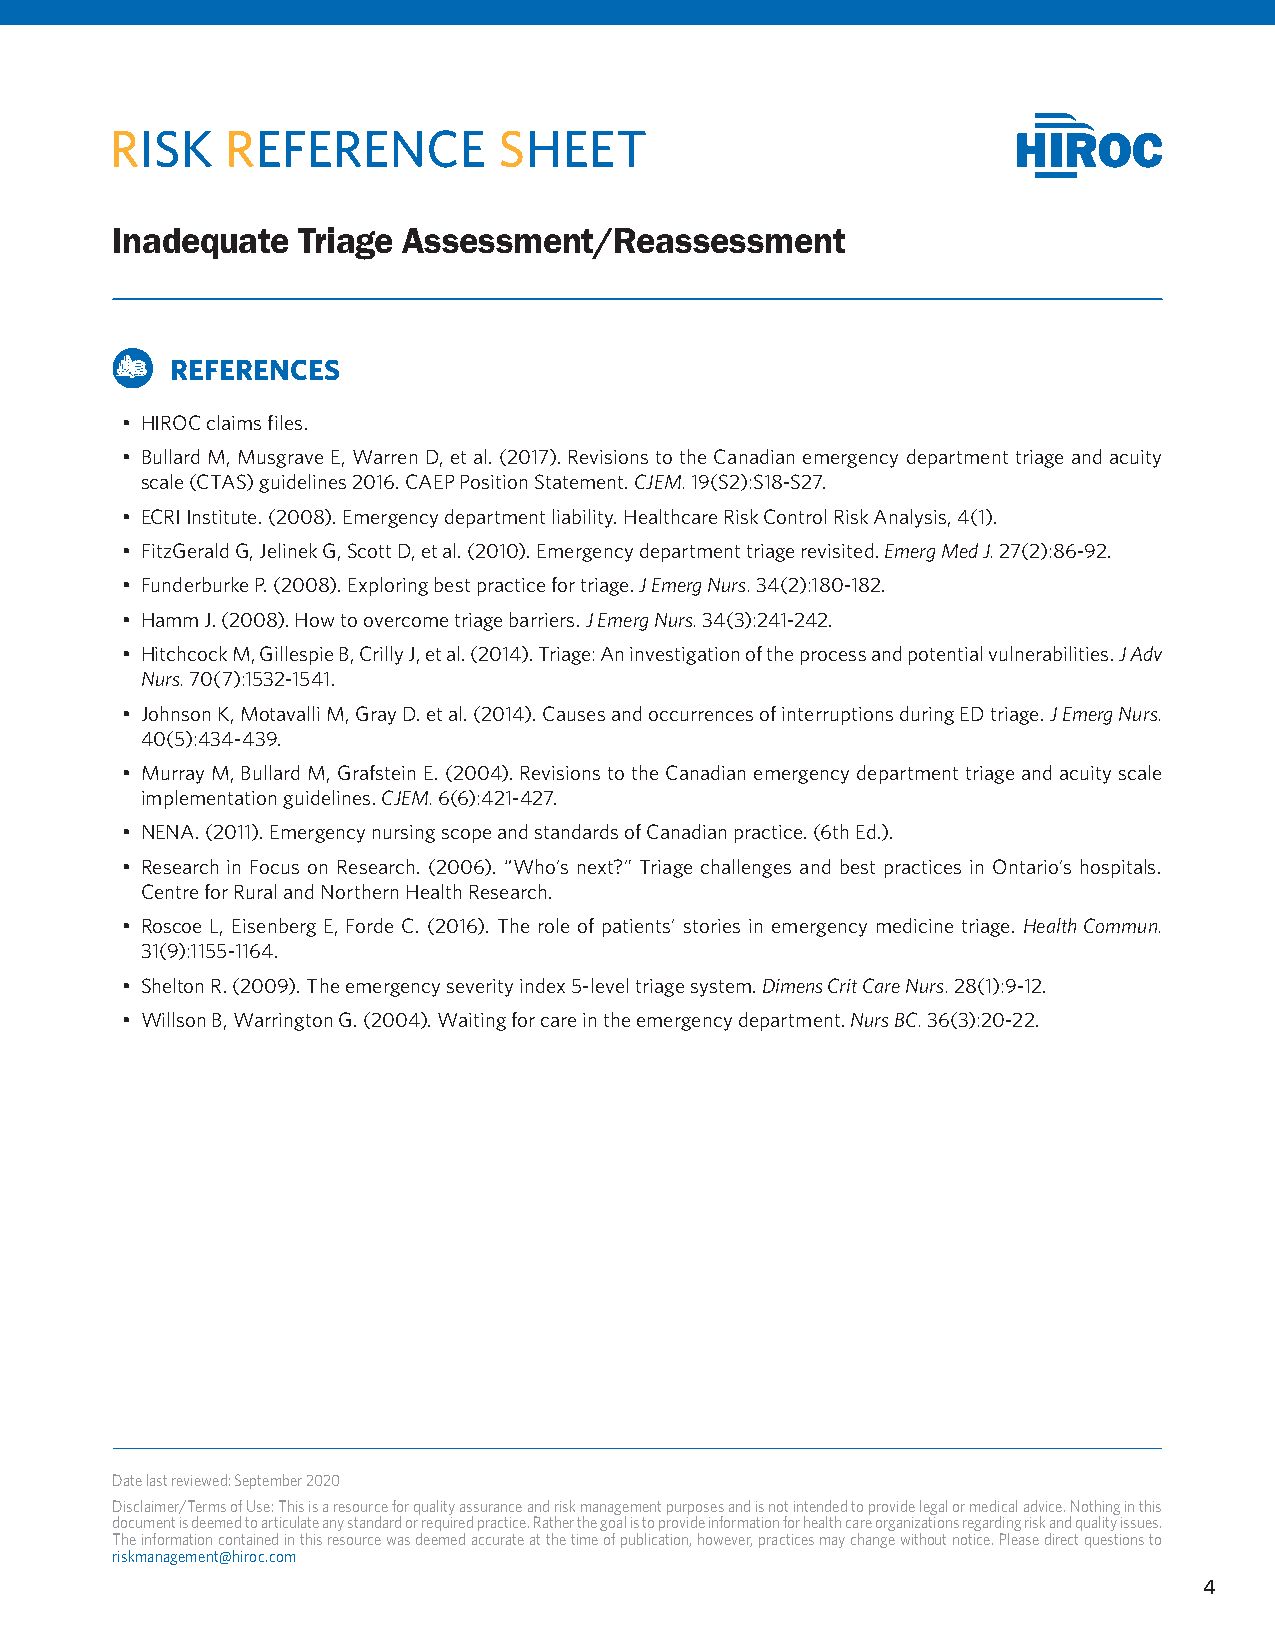
RISK    REFERENCE         SHEET
 Inadequate   Triage Assessment/Reassessment
 REFERENCES
 • HIROC claims files.
 • Bullard M, Musgrave E, Warren D, et al. (2017). Revisions to the Canadian emergency department triage and acuity
 scale (CTAS) guidelines 2016. CAEP Position Statement. CJEM. 19(S2):S18-S27.
 • ECRI Institute. (2008). Emergency department liability. Healthcare Risk Control Risk Analysis, 4(1).
 • FitzGerald G, Jelinek G, Scott D, et al. (2010). Emergency department triage revisited. Emerg Med J. 27(2):86-92.
 • Funderburke P. (2008). Exploring best practice for triage. J Emerg Nurs. 34(2):180-182.
 • Hamm J. (2008). How to overcome triage barriers. J Emerg Nurs. 34(3):241-242.
 • Hitchcock M, Gillespie B, Crilly J, et al. (2014). Triage: An investigation of the process and potential vulnerabilities. J Adv
 Nurs. 70(7):1532-1541.
 • Johnson K, Motavalli M, Gray D. et al. (2014). Causes and occurrences of interruptions during ED triage. J Emerg Nurs.
 40(5):434-439.
 • Murray M, Bullard M, Grafstein E. (2004). Revisions to the Canadian emergency department triage and acuity scale
 implementation guidelines. CJEM. 6(6):421-427.
 • NENA. (2011). Emergency nursing scope and standards of Canadian practice. (6th Ed.).
 • Research in Focus on Research. (2006). “Who’s next?” Triage challenges and best practices in Ontario’s hospitals.
 Centre for Rural and Northern Health Research.
 • Roscoe L, Eisenberg E, Forde C. (2016). The role of patients’ stories in emergency medicine triage. Health Commun.
 31(9):1155-1164.
 • Shelton R. (2009). The emergency severity index 5-level triage system. Dimens Crit Care Nurs. 28(1):9-12.
 • Willson B, Warrington G. (2004). Waiting for care in the emergency department. Nurs BC. 36(3):20-22.
 Date last reviewed: September 2020
 Disclaimer/Terms of Use: This is a resource for quality assurance and risk management purposes and is not intended to provide legal or medical advice. Nothing in this
 document is deemed to articulate any standard or required practice. Rather the goal is to provide information for health care organizations regarding risk and quality issues.
 The information contained in this resource was deemed accurate at the time of publication, however, practices may change without notice. Please direct questions to
 riskmanagement@hiroc.com
 4